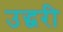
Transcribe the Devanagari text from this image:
उद्धरी